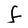
Character: f